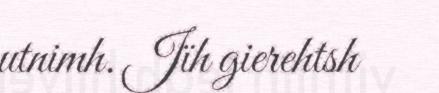
utnimh. Jïh gierehtsh